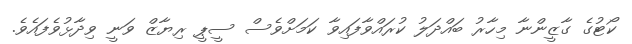
ކޯޓުގެ ގާޒީންނާ މިހާރު ބައްދަލު ކުރައްވާފައިވާ ކަމަށްވެސް ސީޕީ ރިޔާޒް ވަނީ ވިދާޅުވެފައެވެ.